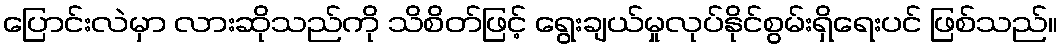
ပြောင်းလဲမှာ လားဆိုသည်ကို သိစိတ်ဖြင့် ရွေးချယ်မှုလုပ်နိုင်စွမ်းရှိရေးပင် ဖြစ်သည်။